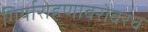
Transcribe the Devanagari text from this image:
गिर्यारोहणाबरोबरच